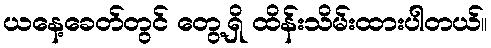
ယနေ့ခေတ်တွင် တွေ့ရှိ ထိန်းသိမ်းထားပါတယ်။